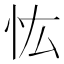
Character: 𢗞